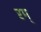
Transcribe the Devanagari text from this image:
रम्